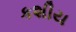
કશીય